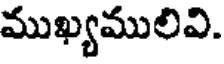
ముఖ్యములివి.